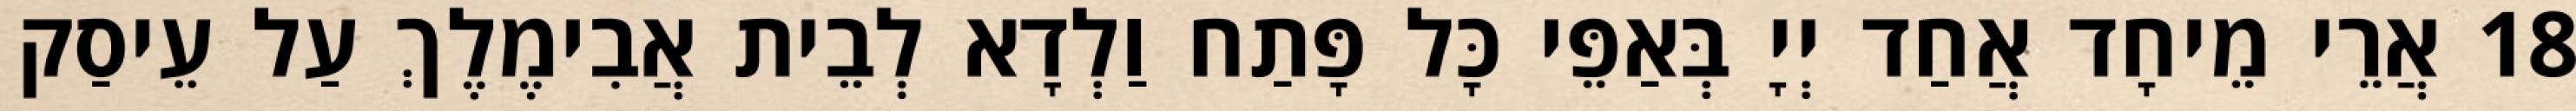
18 אֲרֵי מֵיחָד אֲחַד יְיָ בְּאַפֵּי כָּל פָּתַח וַלְדָא לְבֵית אֲבִימֶלֶךְ עַל עֵיסַק